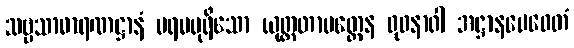
သဗ္ဗသာဓာရဏဋ္ဌာနံ ပရမပုရိသော ယုတ္တတာမတ္တေန ဓုဝနာဝါ အဋ္ဌာနမေဝေတံ